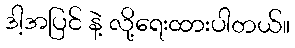
ဒါ့အပြင် နဲ့ လို့ရေးထားပါတယ်။